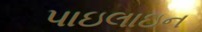
પાઇલાઇન